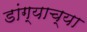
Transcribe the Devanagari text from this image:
डांग्याच्या